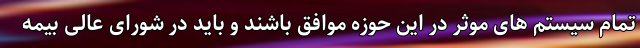
تمام سیستم های موثر در این حوزه موافق باشند و باید در شورای عالی بیمه